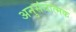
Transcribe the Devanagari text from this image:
अनुसंधात्मक